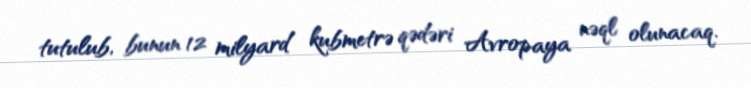
tutulub, bunun 12 milyard kubmetrə qədəri Avropaya nəql olunacaq.